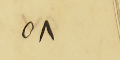
٥٨